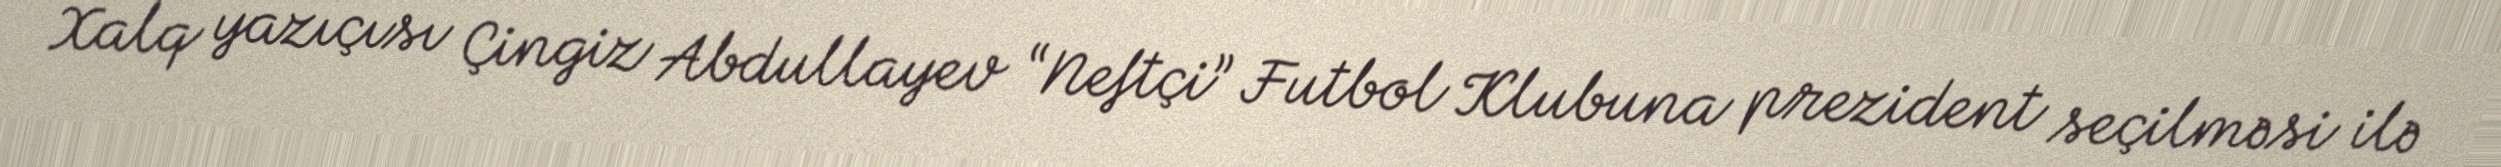
Xalq yazıçısı Çingiz Abdullayev “Neftçi” Futbol Klubuna prezident seçilməsi ilə